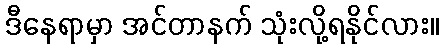
ဒီနေရာမှာ အင်တာနက် သုံးလို့ရနိုင်လား။